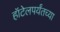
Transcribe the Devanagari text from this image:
हॉटेलपर्यंतच्या